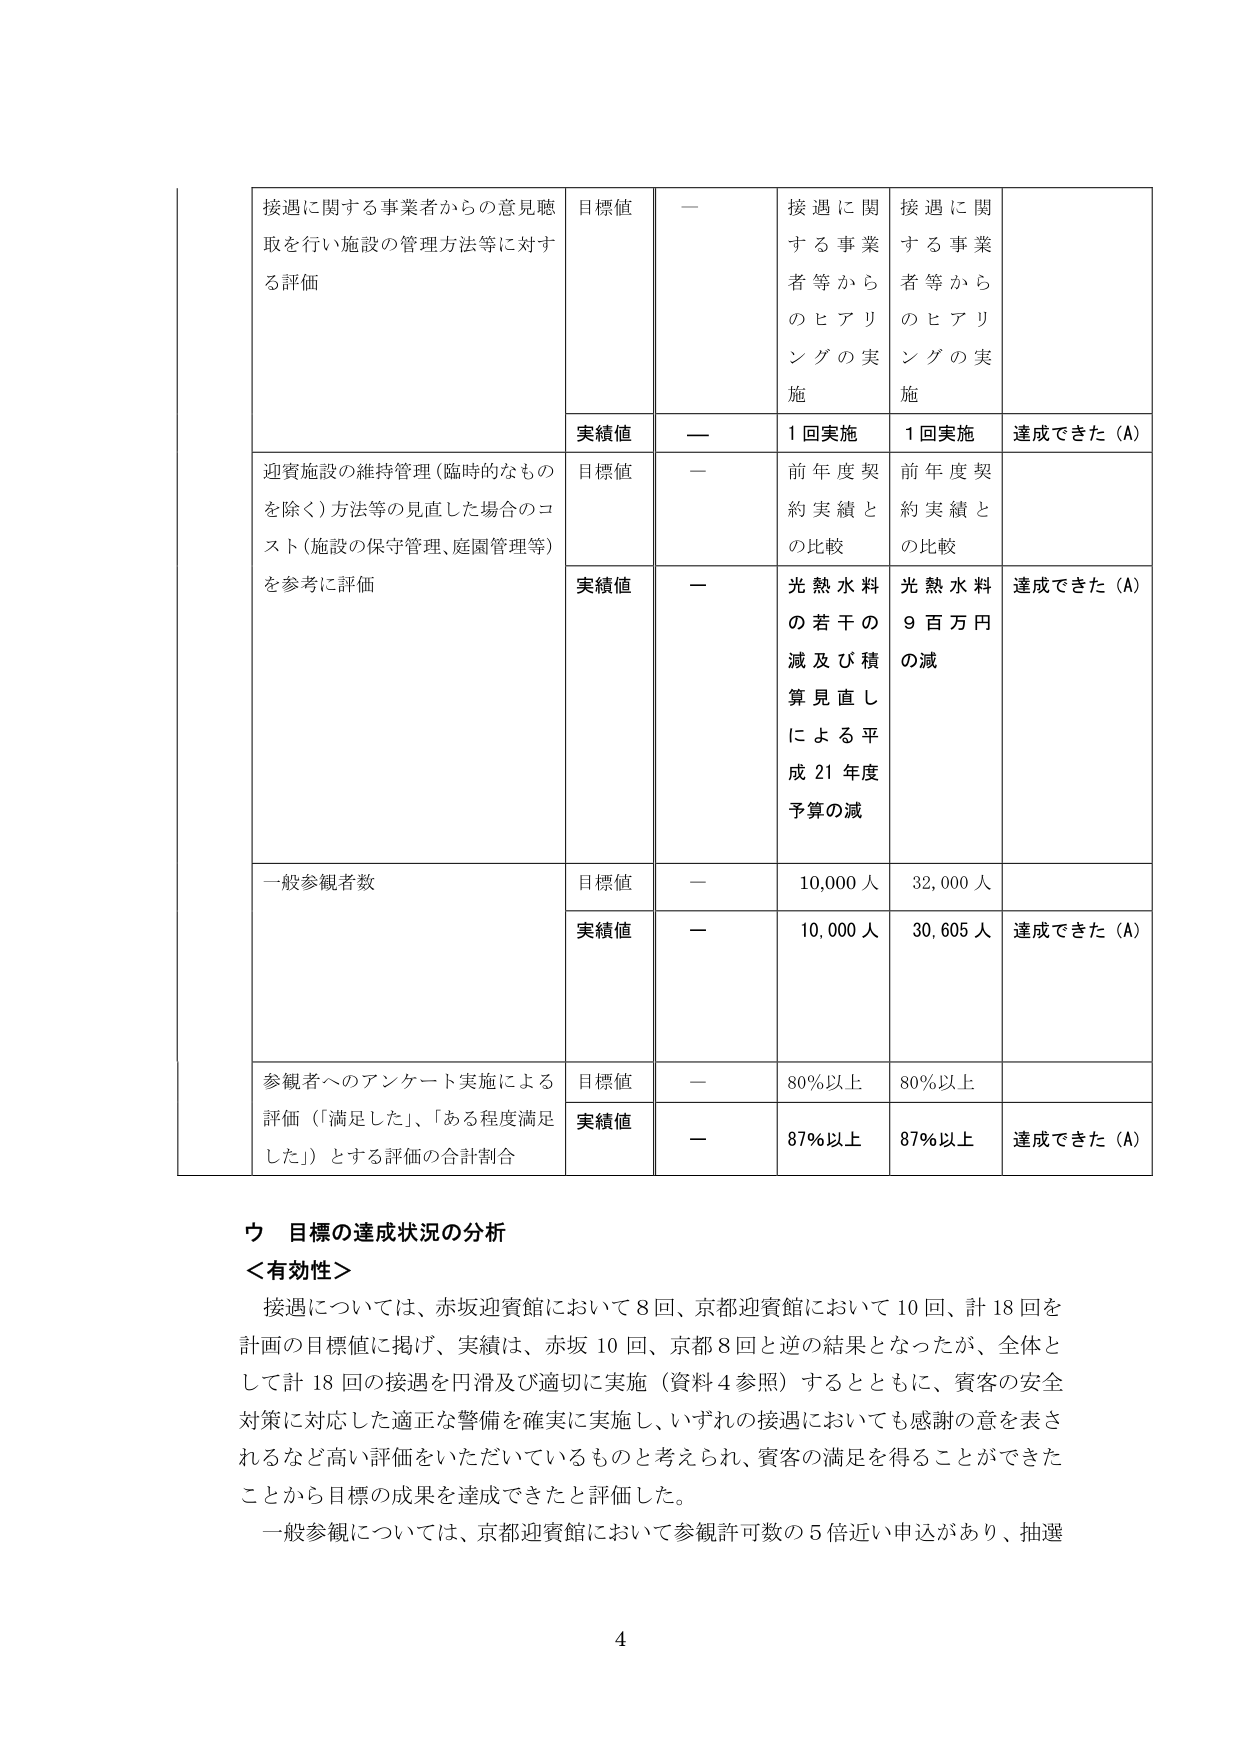
接遇に関する事業者からの意見聴取を行い施設の管理方法等に対する評価
目標値
ー
接遇に関する事業者等からのヒアリングの実施
接遇に関する事業者等からのヒアリングの実施

実績値
ー
1回実施
1回実施
達成できた（A）

迎賓施設の維持管理（臨時的なものを除く）方法等の見直した場合のコスト（施設の保守管理、庭園管理等）を参考に評価
目標値
ー
前年度契約実績との比較
前年度契約実績との比較

実績値
ー
光熱水料の若干の減及び積算見直しによる平成21年度予算の減
光熱水料9百万円の減
達成できた（A）

一般参観者数
目標値
ー
10,000人
32,000人

実績値
ー
10,000人
30,605人
達成できた（A）

参観者へのアンケート実施による評価（「満足した」、「ある程度満足した」）とする評価の合計割合
目標値
ー
80％以上
80％以上

実績値
ー
87％以上
87％以上
達成できた（A）

ウ 目標の達成状況の分析
＜有効性＞
接遇については、赤坂迎賓館において8回、京都迎賓館において10回、計18回を計画の目標値に掲げ、実績は、赤坂10回、京都8回と逆の結果となったが、全体として計18回の接遇を円滑及び適切に実施（資料4参照）するとともに、賓客の安全対策に対応した適正な警備を確実に実施し、いずれの接遇においても感謝の意を表されるなど高い評価をいただいているものと考えられ、賓客の満足を得ることができたことから目標の成果を達成できたと評価した。
一般参観については、京都迎賓館において参観許可数の5倍近い申込があり、抽選

4